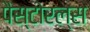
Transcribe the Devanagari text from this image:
पैस्टोरल्स